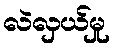
လဲလှယ်မှု